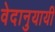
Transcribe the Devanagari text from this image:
वेदानुयायी